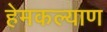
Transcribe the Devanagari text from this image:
हेमकल्याण